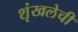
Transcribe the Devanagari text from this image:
शृंखलेची